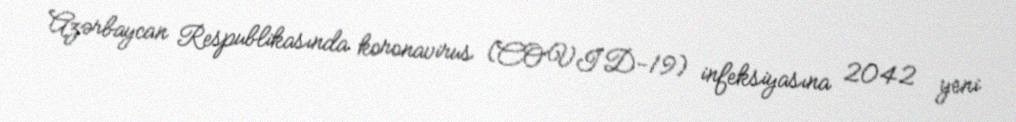
Azərbaycan Respublikasında koronavirus (COVID-19) infeksiyasına 2042 yeni